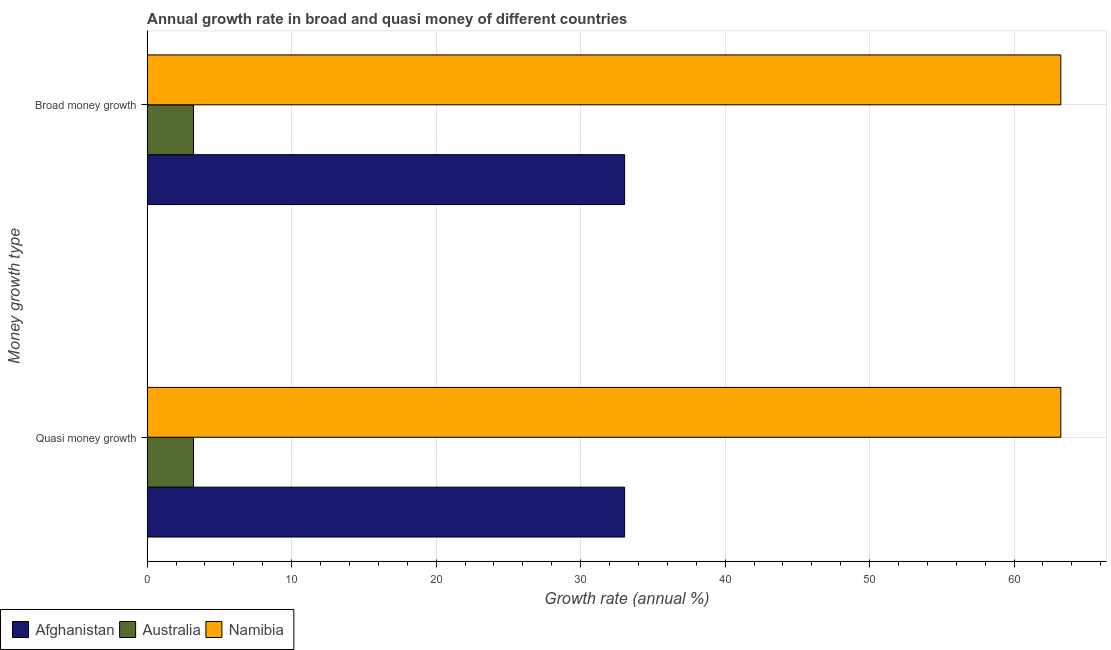
| Money growth type | Afghanistan | Australia | Namibia |
 | --- | --- | --- | --- |
 | Quasi money growth | 33 | 3.21 | 63.2 |
 | Broad money growth | 33 | 3.21 | 63.2 |